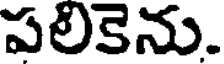
పలికెను.